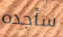
سأجده